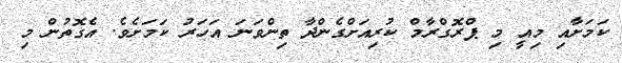
ކަމަށާއި މިއީ މި ޕްރޮގްރާމް ކުރިއަށްގެންދާ ތިންވަނަ އަހަރު ކަމަށެވެ. އެގޮތުން މި